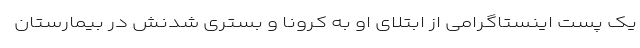
یک پست اینستاگرامی از ابتلای او به کرونا و بستری شدنش در بیمارستان